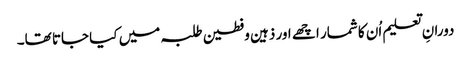
دورانِ تعلیم اُن کا شمار اچھے اور ذہین وفطین طلبہ میں کیا جاتا تھا۔